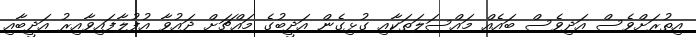
އިތުރަށްވެސް އަދިވެސް ބައެއް މައްސަލަތަކާއި ގުޅިގެން އަދީބުގެ މައްޗަށް ދައުވާ އުފުލާފައިވާއިރު އަދީބާއި